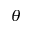
\theta